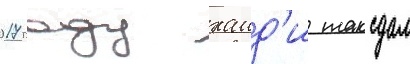
2017 году хаид'и таксдал